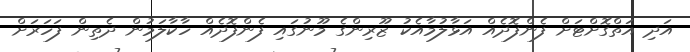
އަދި އަތްގޮށްޓަށް ފެންފޮދެއް އަޅާލުމާއެކު ޒޫރިންގެ މޫނުގައި ފެންފޮދެއް ހާކާލަމުން ދެތިން ފަހަރަށް